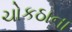
ચોકઠાના